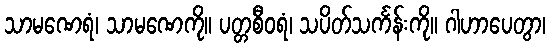
သာမဏေရံ၊ သာမဏေကို။ ပတ္တစီဝရံ၊ သပိတ်သင်္ကန်းကို။ ဂါဟာပေတွာ၊